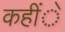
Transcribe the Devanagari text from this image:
कहींे